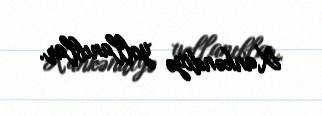
Xankəndiyə yollanıblar.